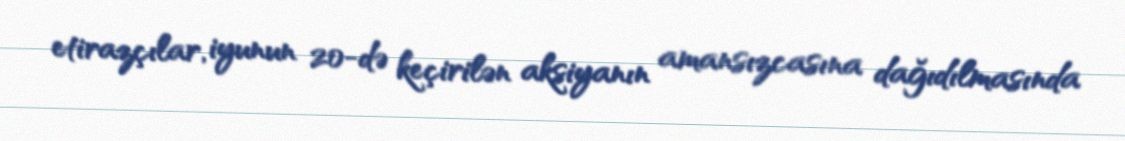
etirazçılar, iyunun 20-də keçirilən aksiyanın amansızcasına dağıdılmasında